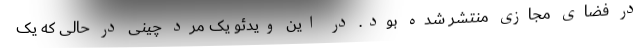
در فضای مجازی منتشر شده بود. در این ویدئو یک مرد چینی در حالی که یک